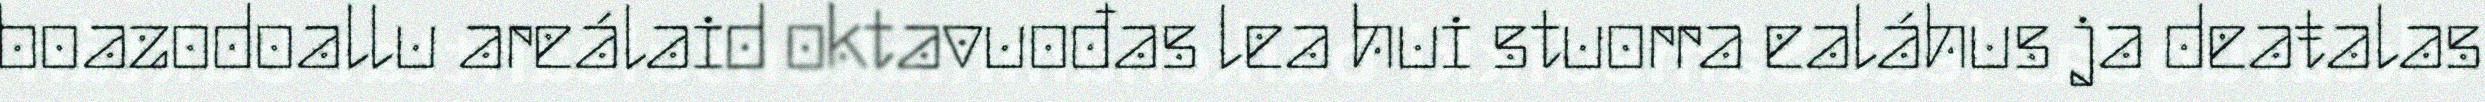
boazodoallu areálaid oktavuođas lea hui stuorra ealáhus ja deaŧalas